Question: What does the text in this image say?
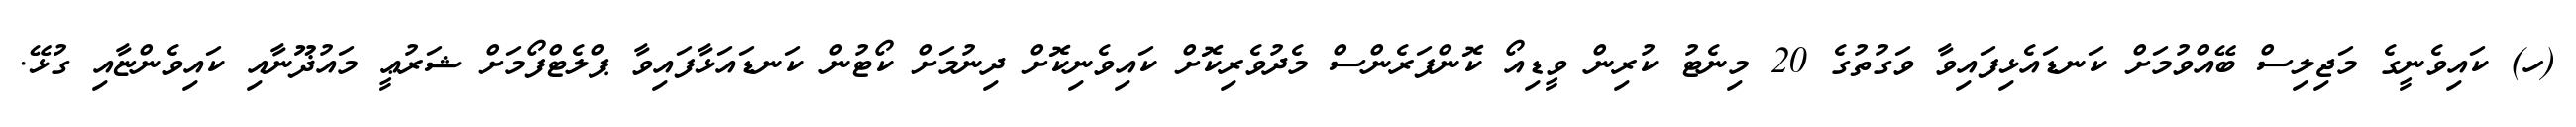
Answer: (ހ) ކައިވެނީގެ މަޖިލިސް ބޭއްވުމަށް ކަނޑައެޅިފައިވާ ވަގުތުގެ 20 މިނެޓު ކުރިން ވީޑިއޯ ކޮންފަރެންސް މެދުވެރިކޮށް ކައިވެނިކޮށް ދިނުމަށް ކޯޓުން ކަނޑައަޅާފައިވާ ޕްލެޓްފޯމަށް ޝަރުޢީ މައުޛޫނާއި ކައިވެންޏާއި ގުޅޭ.